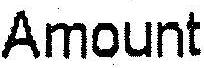
AMOUNT